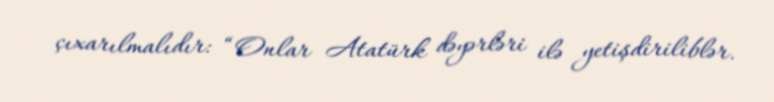
çıxarılmalıdır: “Onlar Atatürk dəyərləri ilə yetişdiriliblər.